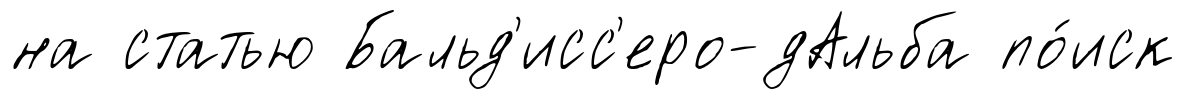
на статью Бальд'исс'еро-дАльба по́иск